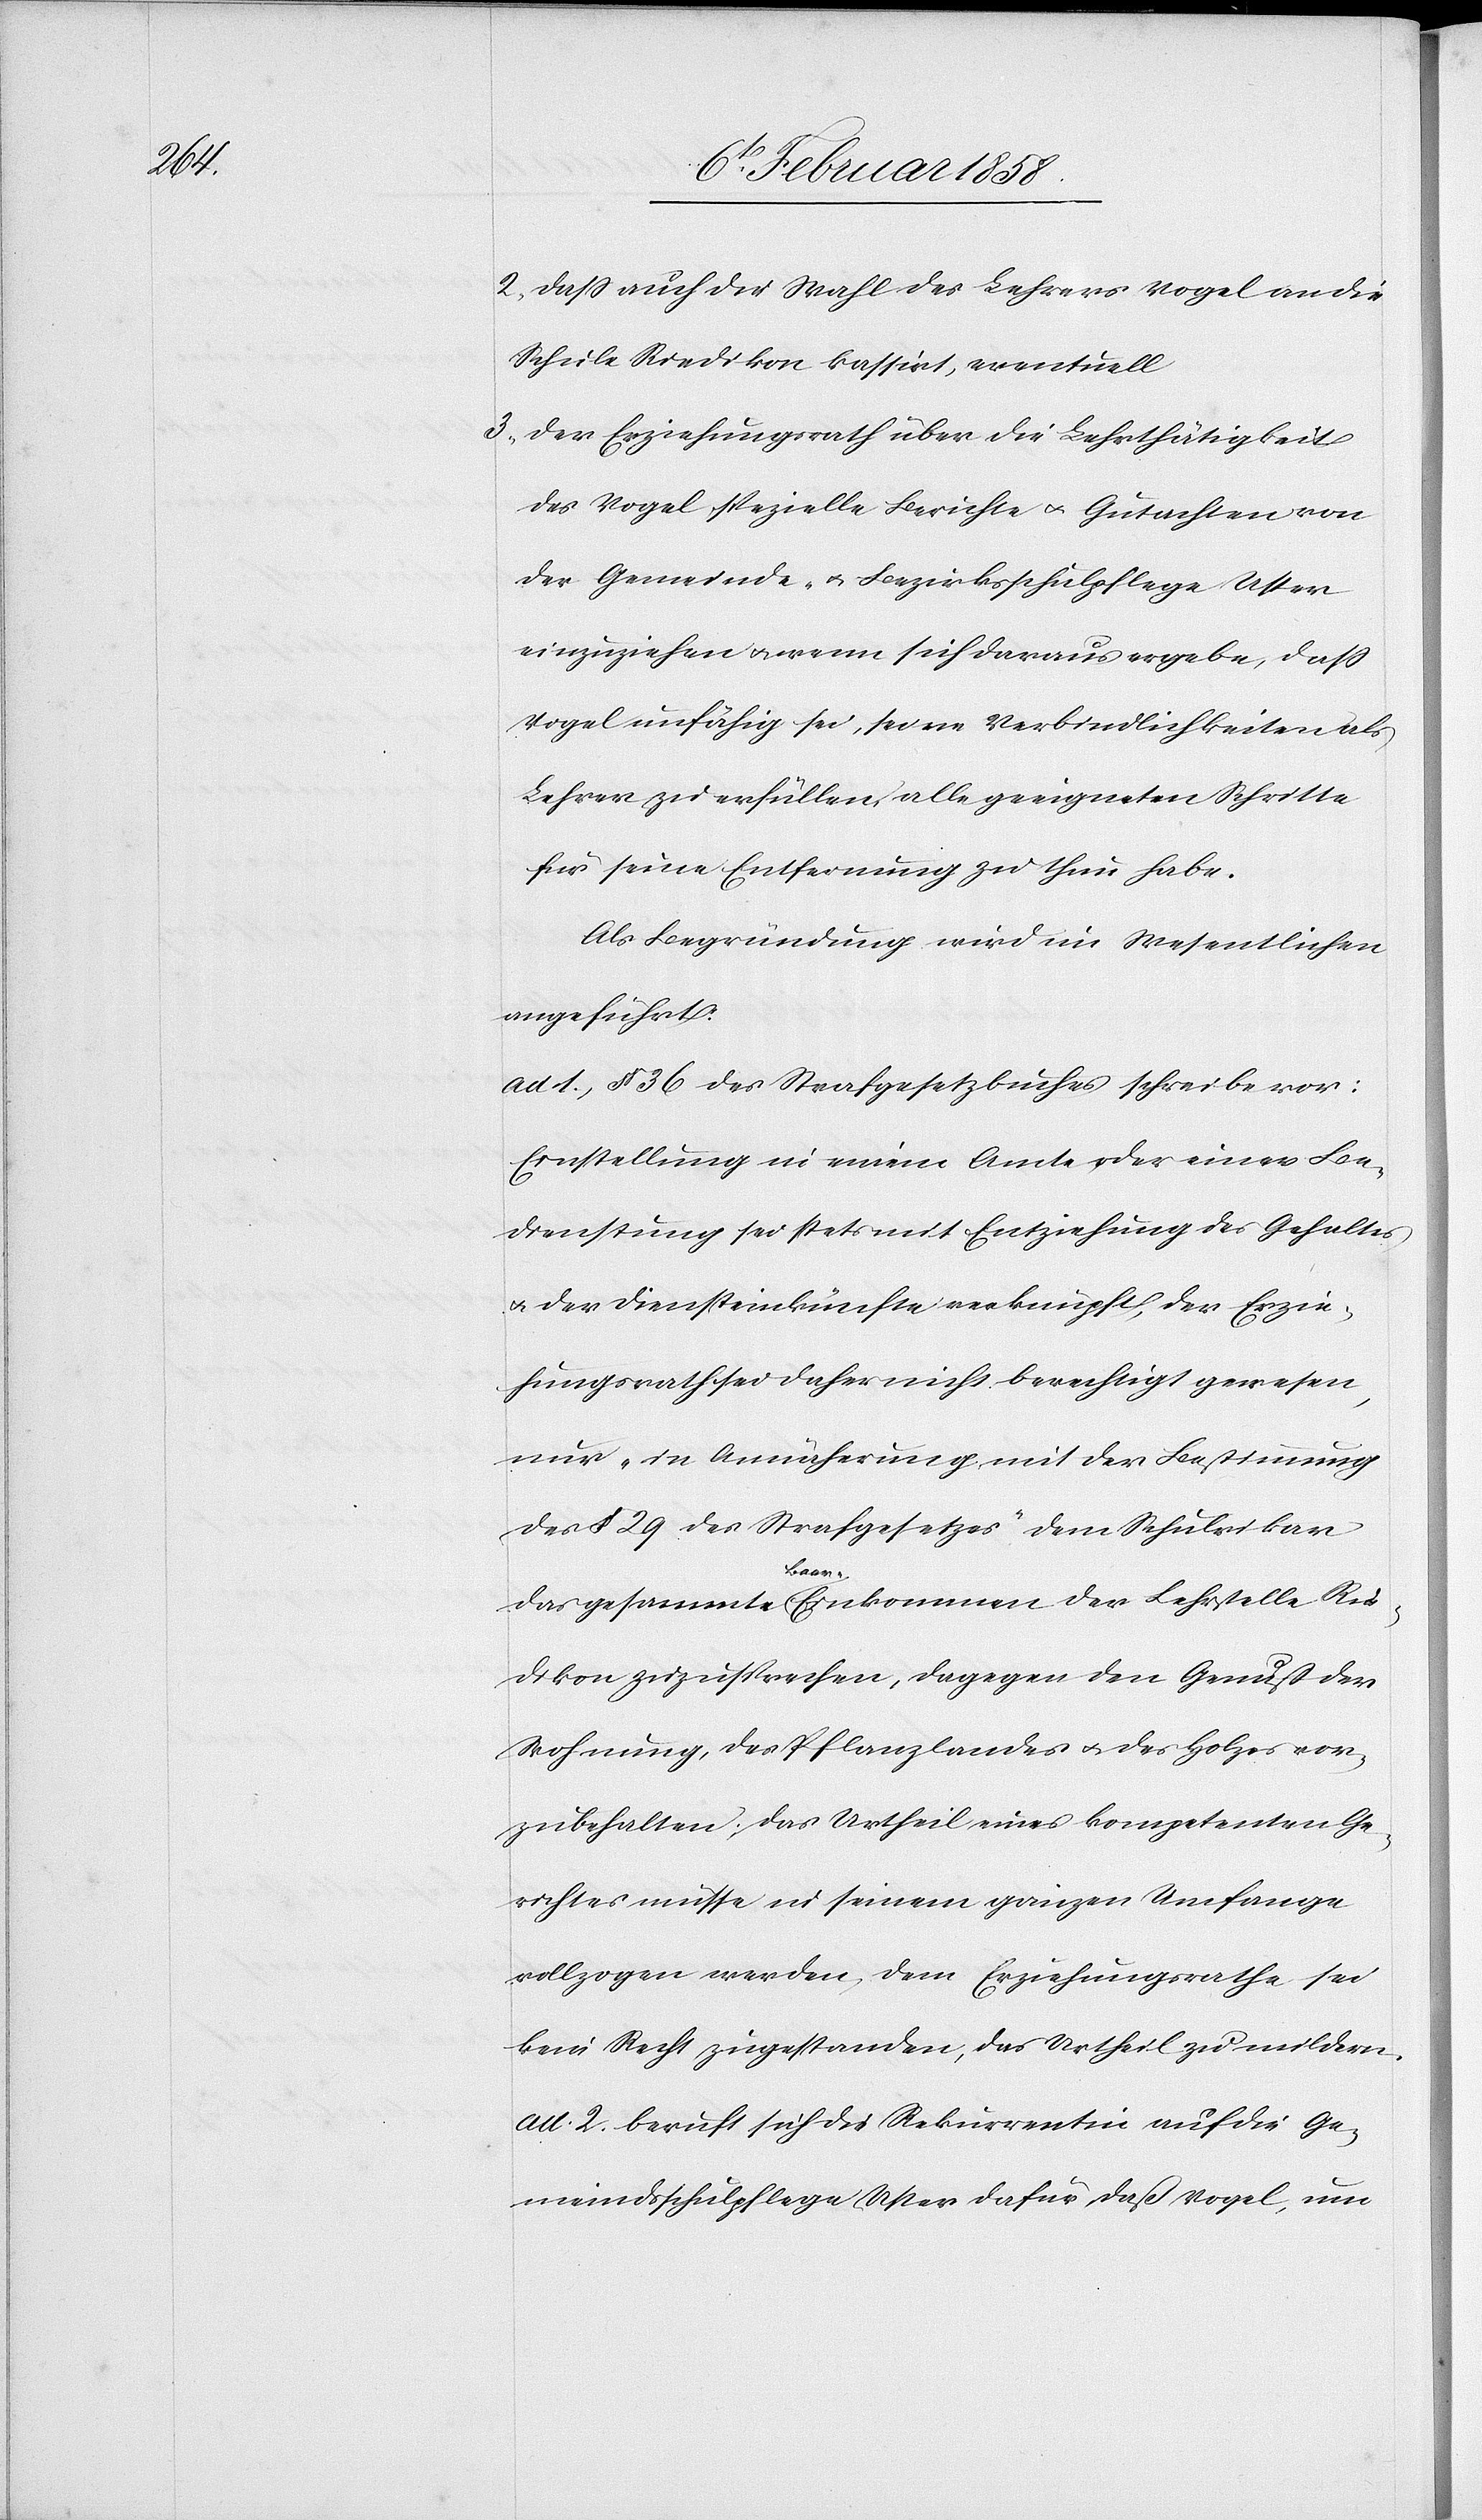
2. daß auch die Wahl des Lehrers Vogel an die
Schule Riedikon kassirt, eventuell
3. der Erziehungsrath über die Lehrthätigkeit
des Vogel spezielle Berichte u. Gutachten von
der Gemeinde- u. Bezirksschulpflege Uster
einzuziehen u. wenn sich daraus ergebe, daß
Vogel unfähig sei, seine Verbindlichkeiten als
Lehrer zu erfüllen, alle geeigneten Schritte
für seine Entfernung zu thun habe.
Als Begründung wird im Wesentlichen
angeführt:
ad. 1 § 36 des Strafgesetzbuches schreibe vor:
Einstellung in einem Amte oder einer Be¬
dienstung sei stets mit Entziehung des Gehaltes
u. der Diensteinkünfte verknüpft, der Erzie¬
hungsrath sei daher nicht berechtigt gewesen,
nur „in Annäherung mit der Bestimmung
des § 29 des Strafgesetzes“ dem Schulvikar
das gesammte Baar-Einkommen der Lehrstelle Rie¬
dikon zuzusprechen, dagegen den Genuß der
Wohnung, des Pflanzlandes u. des Holzes vor¬
zubehalten. Das Urtheil eines kompetenten Ge¬
richtes müsse in seinem ganzen Umfange
vollzogen werden, dem Erziehungsrathe sei
kein Recht zugestanden, das Urtheil zu mildern.
ad. 2. beruft sich die Rekurrentin auf die Ge¬
meindsschulpflege Uster dafür, daß Vogel, um